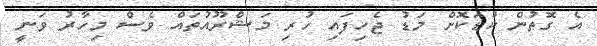
އެ ގޮތުން ކުޑަކޮށް މަޑު ޖެހިފައި ހުރި މަޝްރޫއުތައް ވެސް މިހާރު ވަނީ